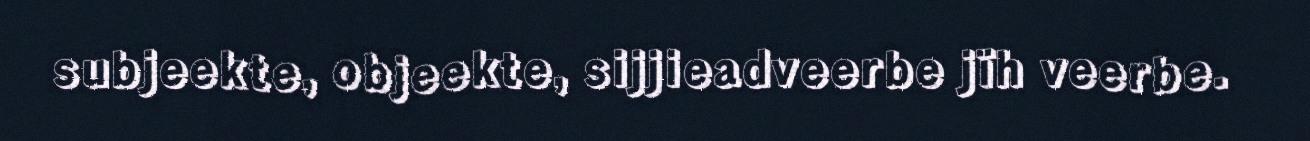
subjeekte, objeekte, sijjieadveerbe jïh veerbe.